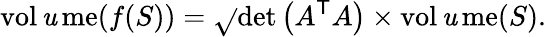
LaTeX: \operatorname{vol\mathit{u}me}(f(S))={\sqrt{}{{\operatorname*{det}\left(A^{\textsf{{T}}}A\right)}}}\times\operatorname{vol\mathit{u}me}(S).